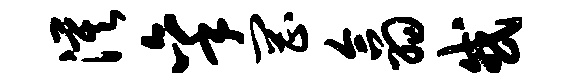
漠秉罔翕或